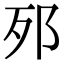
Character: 𨚌